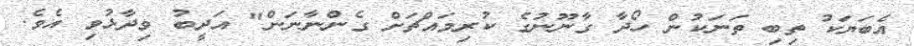
އެބަޔަކު ތިބި ތަނަކުން ހޯދާ ގާނޫނުގެ ކުރިމައްޗަށް ގެންނާނަން" އަދީބު ވިދާޅުވި އެވެ.